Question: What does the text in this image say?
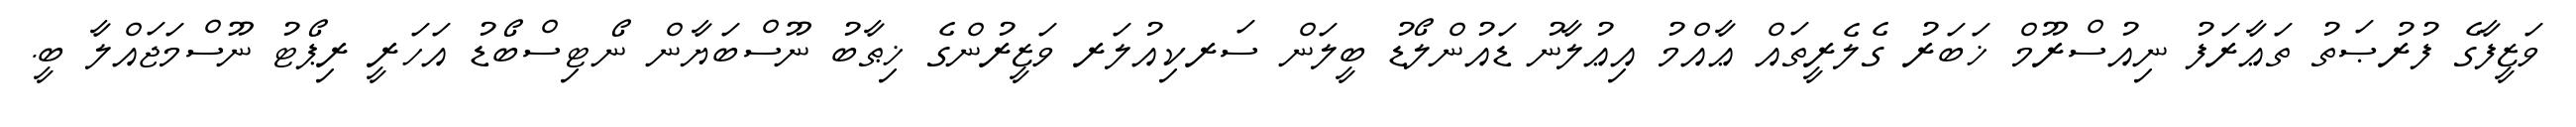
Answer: ވަޒީފާގެ ފުރުޞަތު ތަޢާރަފު ނިއުސްރޫމް ޚަބަރު ގެލެރީތައް ޢާއްމު އިޢުލާނު ޑައުންލޯޑު ބީލަން ސަރކިއުލަރ ވަޒީރުންގެ ޚިޠާބު ނޫސްބަޔާން ނޯޓިސްބޯޑު އަހަރީ ރިޕޯޓު ނޫސްމަޖައްލާ ބީ.